Civil Veterinary Dept. Bombay admin report 1932-41 - 1932-1941
Year: 1932
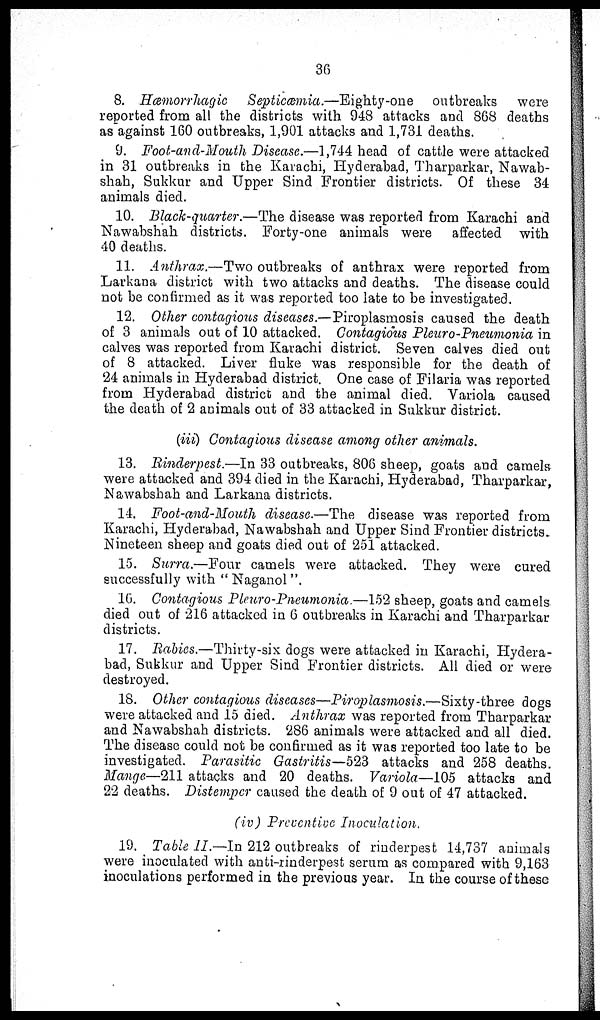
36
8. Hæmorrhagic
Septicæmia.—Eighty-one
outbreaks were
reported from all the districts with 948 attacks and 868 deaths
as against 160 outbreaks, 1,901 attacks and 1,731 deaths.
9. Foot-and-Mouth Disease.—1,744 head of cattle were attacked
in 31 outbreaks in the Karachi, Hyderabad, Tharparkar, Nawab-
shah, Sukkur and Upper Sind Frontier districts. Of these 34
animals died.
10. Black-quarter.—The disease was reported from Karachi and
Nawabshah districts. Forty-one animals were affected with
40 deaths.
11. Anthrax.—Two outbreaks of anthrax were reported from
Larkana district with two attacks and deaths. The disease could
not be confirmed as it was reported too late to be investigated.
12. Other contagious diseases.—Piroplasmosis caused the death
of 3 animals out of 10 attacked. Contagious Pleuro-Pneumonia in
calves was reported from Karachi district. Seven calves died out
of 8 attacked. Liver fluke was responsible for the death of
24 animals in Hyderabad district. One case of Filaria was reported
from Hyderabad district and the animal died. Variola caused
the death of 2 animals out of 33 attacked in Sukkur district.
(iii) Contagious disease among other animals.
13. Rinderpest.—In 33 outbreaks, 806 sheep, goats and camels
were attacked and 394 died in the Karachi, Hyderabad, Tharparkar,
Nawabshah and Larkana districts.
14. Foot-and-Mouth disease.—The disease was reported from
Karachi, Hyderabad, Nawabshah and Upper Sind Frontier districts.
Nineteen sheep and goats died out of 251 attacked.
15. Surra.—Four camels were attacked. They were cured
successfully with "Naganol".
16. Contagious Pleuro-Pneumonia.—152 sheep, goats and camels
died out of 216 attacked in 6 outbreaks in Karachi and Tharparkar
districts.
17. Rabies.—Thirty-six dogs were attacked in Karachi, Hydera-
bad, Sukkur and Upper Sind Frontier districts. All died or were
destroyed.
18. Other contagious diseases—Piroplasmosis.—Sixty-three dogs
were attacked and 15 died. Anthrax was reported from Tharparkar
and Nawabshah districts. 286 animals were attacked and all died.
The disease could not be confirmed as it was reported too late to be
investigated. Parasitic Gastritis—523 attacks and 258 deaths.
Mange—211 attacks and 20 deaths. Variola—105 attacks and
22 deaths. Distemper caused the death of 9 out of 47 attacked.
(iv) Preventive Inoculation.
19. Table II.—In 212 outbreaks of rinderpest 14,737 animals
were inoculated with anti-rinderpest serum as compared with 9,163
inoculations performed in the previous year. In the course of these